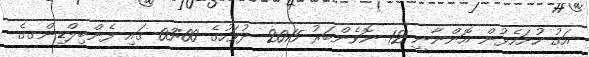
އަގު ހުށަހެޅުން އޮންނާނީ 12 ނޮވެންބަރު 2015 ދުވަހުގެ 03:00 ގައި ފެންބިލްޑިންގގެ